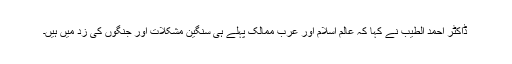
ڈاکٹر احمد الطیب نے کہا کہ عالم اسلام اور عرب ممالک پہلے ہی سنگین مشکلات اور جنگوں کی زد میں ہیں۔